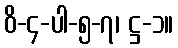
ဝိ-၄-ပါ-၅-၇၊ ဋ္ဌ-၁။